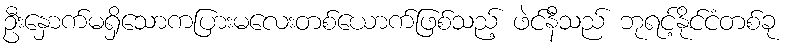
ဦးနှောက်မရှိသောကပြားမလေးတစ်ယောက်ဖြစ်သည့် ဖဲင်နီသည် ဘုရင့်နိုင်ငံတစ်ခု